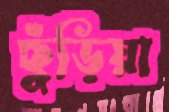
ছুঁড়িয়া